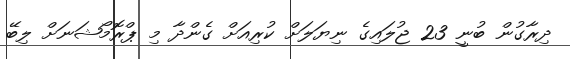
ދިރާގުން ބުނީ 23 ޖުލައިގެ ނިޔަލަށް ކުރިއަށް ގެންދާ މި ޕްރޮމޯޝަނަށް ލިބޭ